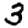
Digit: 3